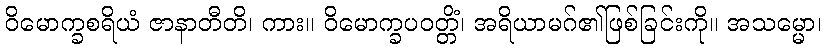
ဝိမောက္ခစရိယံ ဇာနာတီတိ၊ ကား။ ဝိမောက္ခပဝတ္တိံ၊ အရိယာမဂ်၏ဖြစ်ခြင်းကို။ အသမ္မော၊